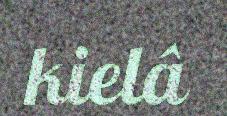
kielâ